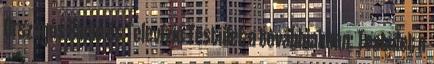
Országos Rádió és Televízió Testület a továbbiakban: Testület a